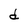
Character: d